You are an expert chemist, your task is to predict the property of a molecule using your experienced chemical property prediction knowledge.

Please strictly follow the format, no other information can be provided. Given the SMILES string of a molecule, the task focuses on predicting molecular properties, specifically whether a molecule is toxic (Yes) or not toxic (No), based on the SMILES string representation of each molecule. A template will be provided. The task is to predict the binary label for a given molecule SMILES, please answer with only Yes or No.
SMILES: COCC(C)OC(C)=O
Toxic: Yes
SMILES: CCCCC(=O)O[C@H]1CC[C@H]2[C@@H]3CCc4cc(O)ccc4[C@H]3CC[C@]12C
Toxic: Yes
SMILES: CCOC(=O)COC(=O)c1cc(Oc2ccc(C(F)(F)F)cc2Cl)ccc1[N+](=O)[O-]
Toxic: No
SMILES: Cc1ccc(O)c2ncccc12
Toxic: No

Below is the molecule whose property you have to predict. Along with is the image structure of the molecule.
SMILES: COc1cnc(NS(=O)(=O)c2ccc(N)cc2)nc1
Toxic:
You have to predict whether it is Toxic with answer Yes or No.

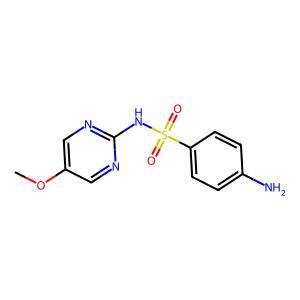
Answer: No